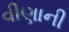
વીણાની